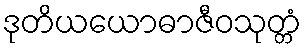
ဒုတိယယောဓာဇီဝသုတ္တံ